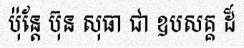
ប៉ុន្តែ ប៊ុន សុធា ជា ឧបសគ្គ ដ៏